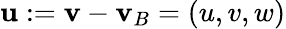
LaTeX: \mathbf{u}:=\mathbf{v}-\mathbf{v}_{B}=(u,v,w)